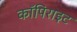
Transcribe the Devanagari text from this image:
कॉपिराइट